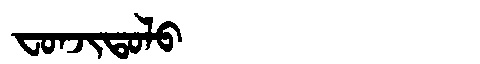
Manchu: ᠸᠣᠨᠵᡳᡨᠣᠯᠣ
Romanization: FONJITOLO